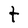
Character: t